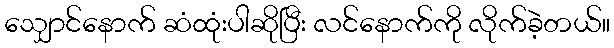
သျှောင်နောက် ဆံထုံးပါဆိုပြီး လင်နောက်ကို လိုက်ခဲ့တယ်။